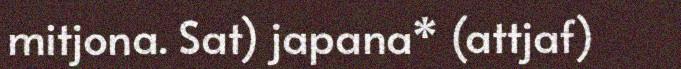
mitjona. Sat) japana* (attjaf)